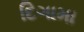
દિગામા